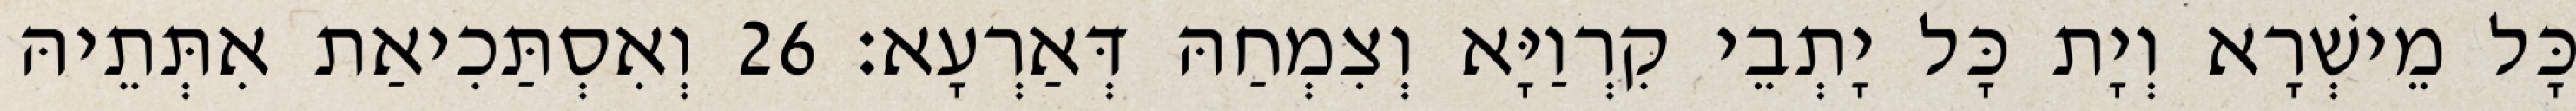
כָּל מֵישְׁרָא וְיָת כָּל יָתְבֵי קִרְוַיָּא וְצִמְחַהּ דְּאַרְעָא׃ 26 וְאִסְתַּכִיאַת אִתְּתֵיהּ